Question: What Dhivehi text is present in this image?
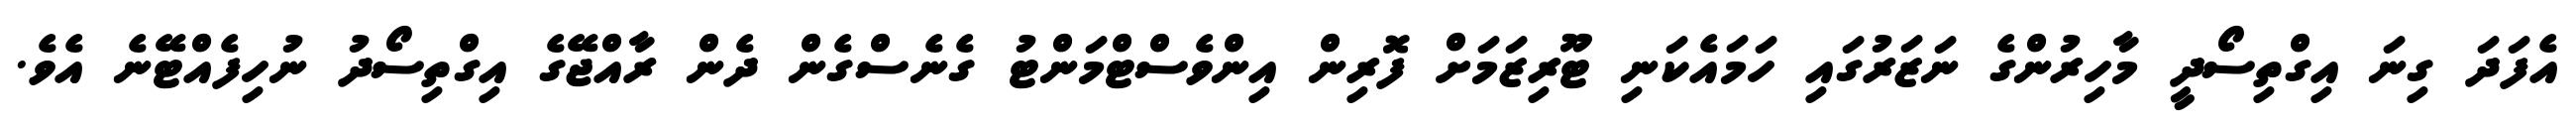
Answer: އެފަދަ ގިނަ އިގްތިސޯދީ މާހިރުންގެ ނަޒަރުގައި ހަމައެކަނި ޓޫރިޒަމަށް ފޮރިން އިންވެސްޓްމަންޓު ގެނެސްގެން ދެން ރާއްޖޭގެ އިގްތިސޯދު ނުހިފެއްޓޭނެ އެވެ.